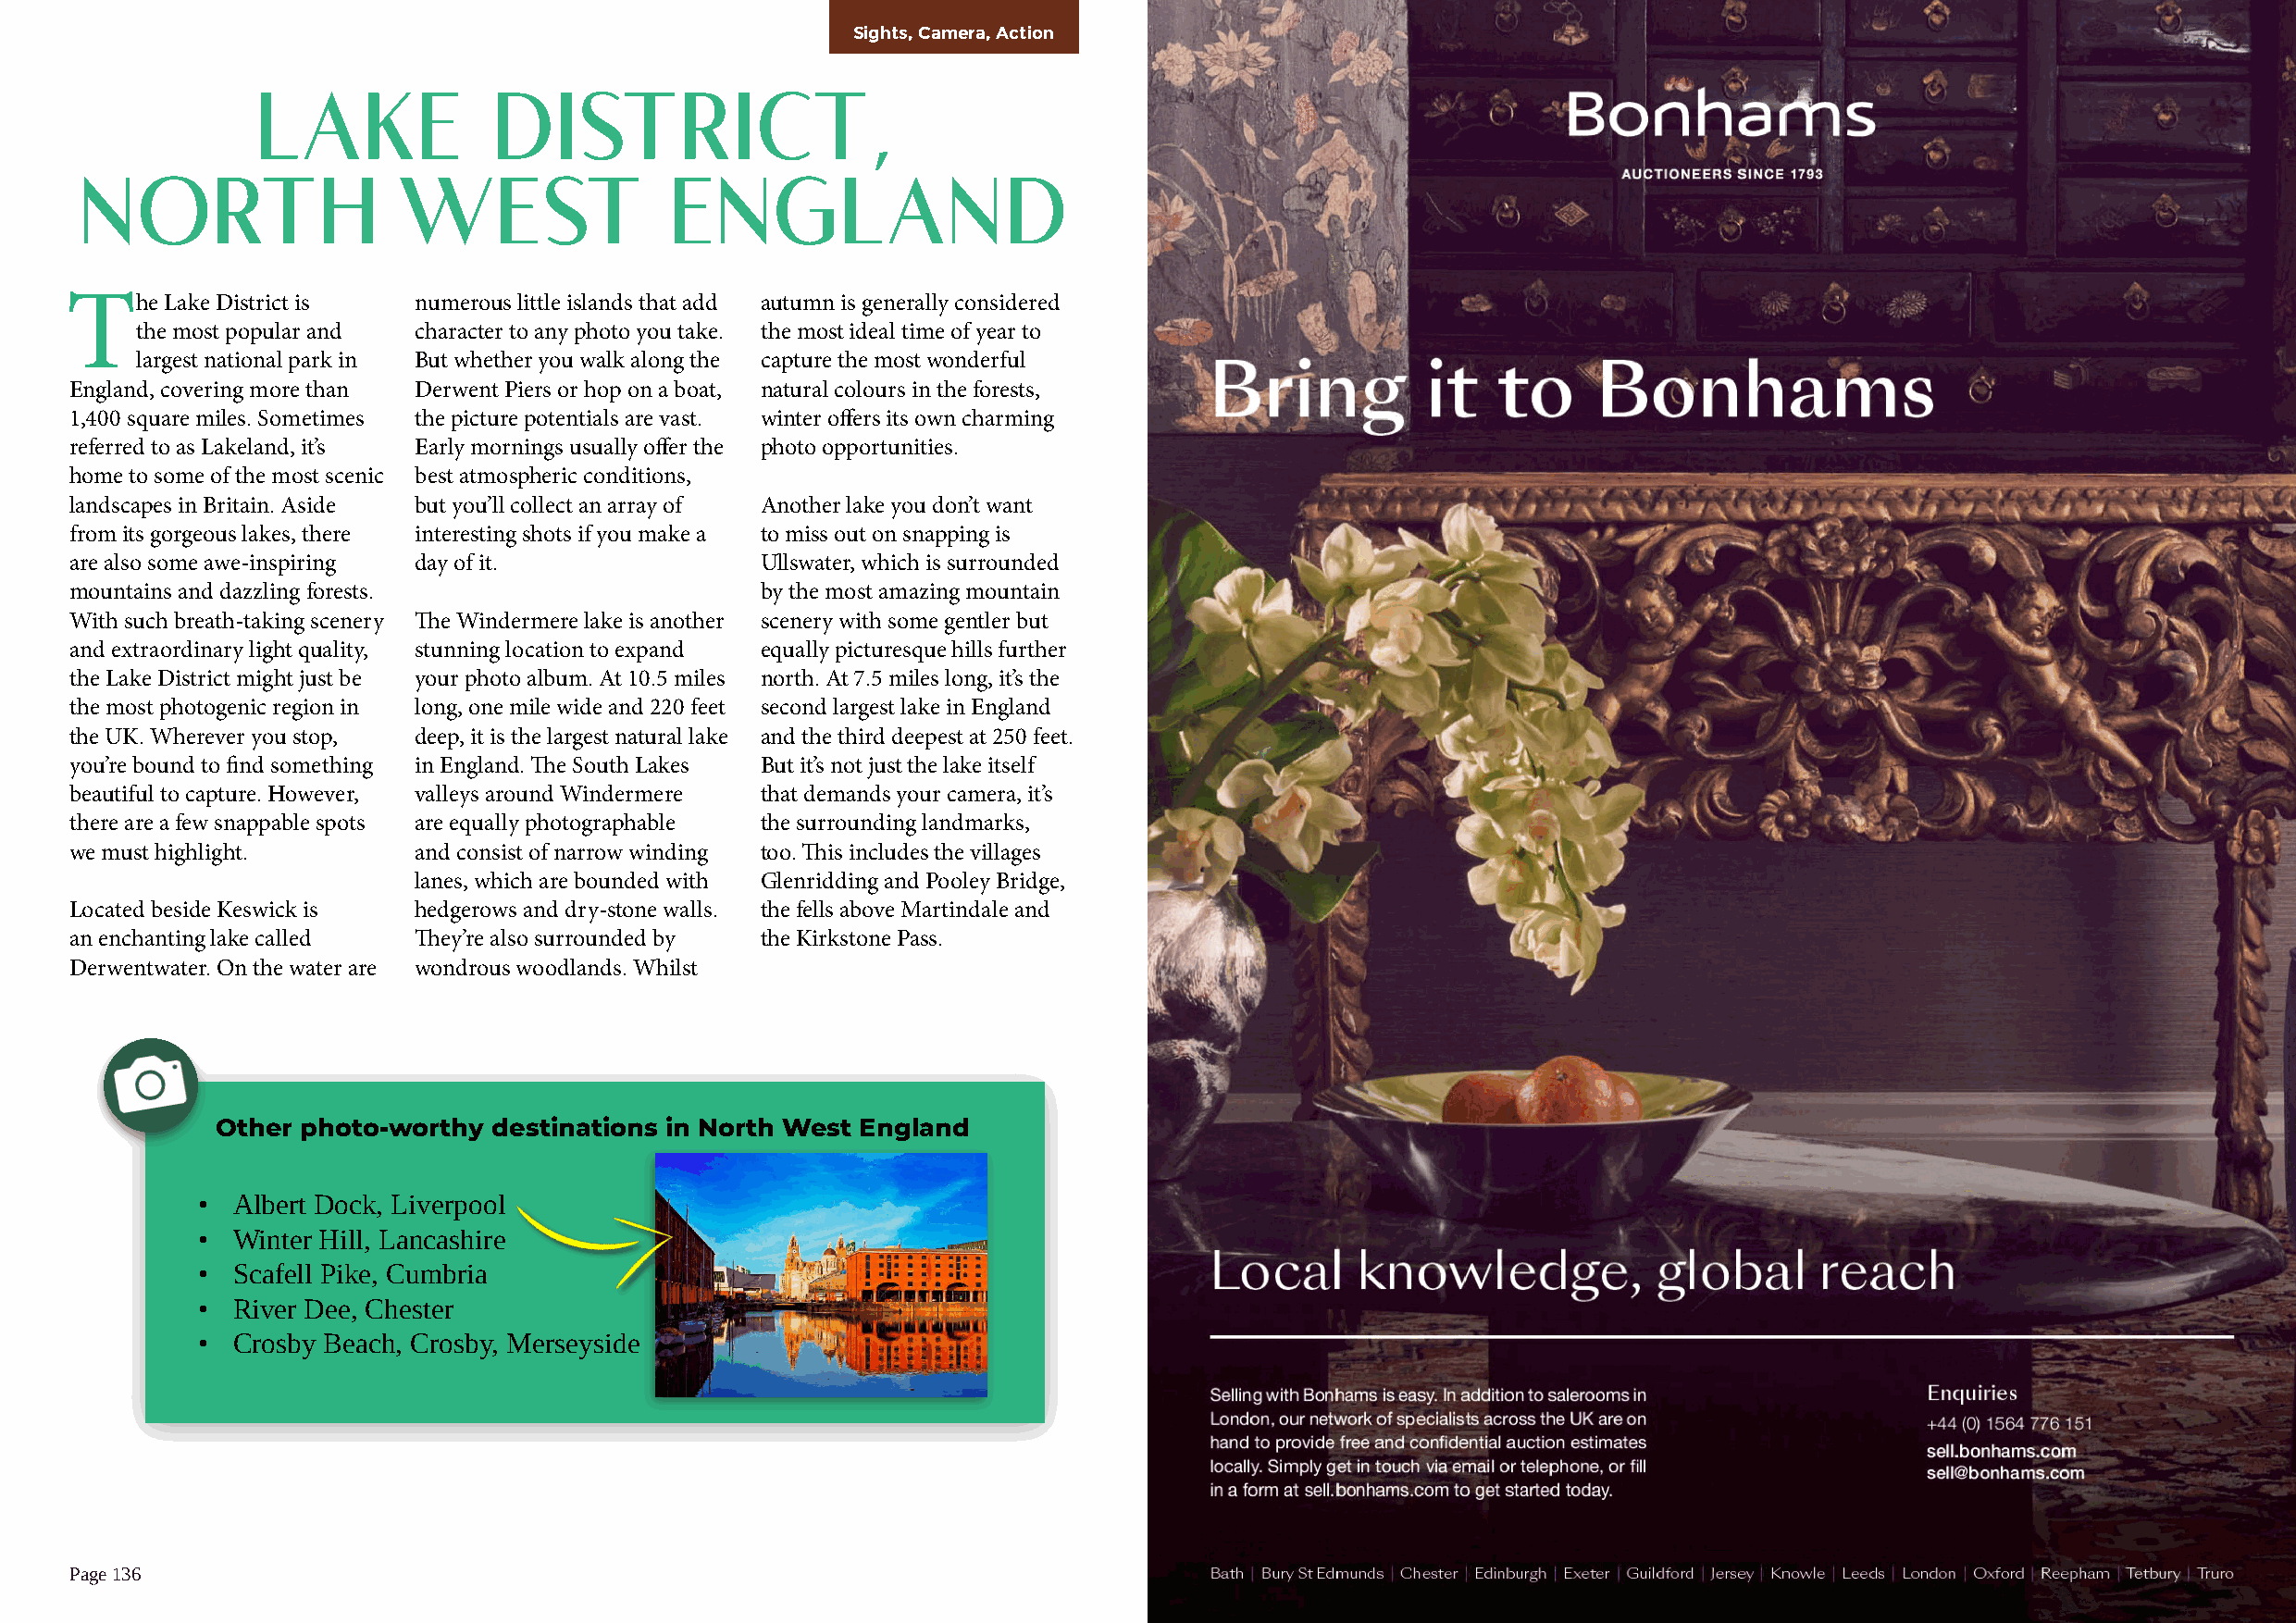
Sights, Camera, Action
 LAKE             DISTRICT,
 NORTH                 WEST                ENGLAND
 The    Lake District is  numerous little islands that add autumn is generally considered
 the most popular and character to any photo you take. the most ideal time of year to
 largest national park in But whether you walk along the capture the most wonderful
 England, covering more than Derwent Piers or hop on a boat, natural colours in the forests,
 1,400 square miles. Sometimes the picture potentials are vast. winter offers its own charming
 referred to as Lakeland, it’s Early mornings usually offer the photo opportunities.
 home to some of the most scenic best atmospheric conditions,
 landscapes in Britain. Aside but you’ll collect an array of Another lake you don’t want
 from its gorgeous lakes, there interesting shots if you make a to miss out on snapping is
 are also some awe-inspiring day of it.           Ullswater, which is surrounded
 mountains and dazzling forests.                  by the most amazing mountain
 With such breath-taking scenery The Windermere lake is another scenery with some gentler but
 and extraordinary light quality, stunning location to expand equally picturesque hills further
 the Lake District might just be your photo album. At 10.5 miles north. At 7.5 miles long, it’s the
 the most photogenic region in long, one mile wide and 220 feet second largest lake in England
 the UK. Wherever you stop, deep, it is the largest natural lake and the third deepest at 250 feet.
 you’re bound to find something in England. The South Lakes But it’s not just the lake itself
 beautiful to capture. However, valleys around Windermere that demands your camera, it’s
 there are a few snappable spots are equally photographable the surrounding landmarks,
 we must highlight.       and consist of narrow winding too. This includes the villages
 lanes, which are bounded with Glenridding and Pooley Bridge,
 Located beside Keswick is hedgerows and dry-stone walls. the fells above Martindale and
 an enchanting lake called They’re also surrounded by the Kirkstone Pass.
 Derwentwater. On the water are wondrous woodlands. Whilst
 Other photo-worthy  destinations in North West England
 •  Albert Dock, Liverpool
 •  Winter Hill, Lancashire
 •  Scafell Pike, Cumbria
 •  River Dee, Chester
 •  Crosby Beach, Crosby, Merseyside
 Page 136                                                                                                                                             Page 137